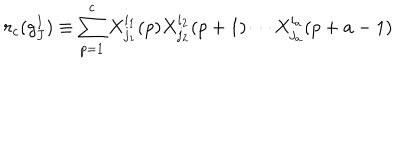
r _ { c } ( g _ { J } ^ { I } ) \equiv \sum _ { p = 1 } ^ { c } X _ { j _ { 1 } } ^ { i _ { 1 } } ( p ) X _ { j _ { 2 } } ^ { i _ { 2 } } ( p + 1 ) \cdots X _ { j _ { a } } ^ { i _ { a } } ( p + a - 1 )